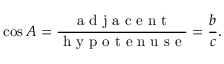
\cos A = { \frac { \textrm { a d j a c e n t } } { \textrm { h y p o t e n u s e } } } = { \frac { b } { c } } .